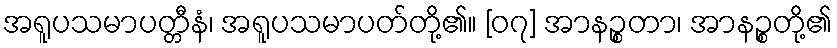
အရူပသမာပတ္တီနံ၊ အရူပသမာပတ်တို့၏။ [၀၇] အာနဉ္စတာ၊ အာနဉ္စတို့၏